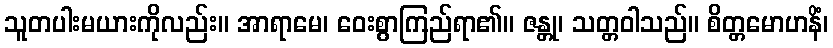
သူတပါးမယားကိုလည်း။ အာရာမေ၊ ဝေးစွာကြည်ရာ၏။ ဇန္တု၊ သတ္တဝါသည်။ စိတ္တမောဟနိံ၊